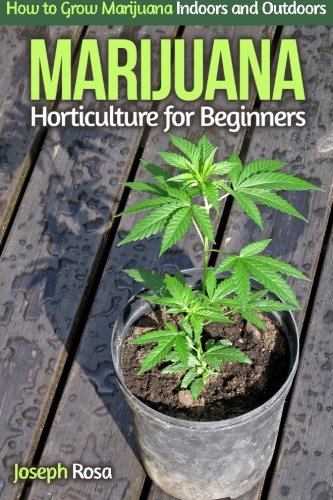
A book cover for Marijuana Horticulture for Beginners: How to Grow Marijuana Indoors and Outdoors; Joseph Rosa; Crafts, Hobbies & Home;